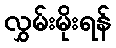
လွှမ်းမိုးရန်